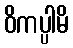
ဝိကပ္ပါမိ